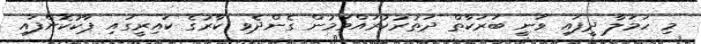
މި ހަމަލާ ދީފައި ވަނީ ބަރަކާތް ދަތުރުކުރައްވަމުން ގެންދެވި ކާރުގެ ކައިރީގައި ޕާކުކޮށްފައި